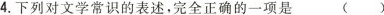
4.下列对文学常识的表述，完全正确的一项是()